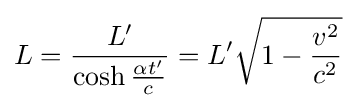
L={\frac {L'}{\cosh {\frac {\alpha t'}{c}}}}=L'{\sqrt {1-{\frac {v^{2}}{c^{2}}}}}